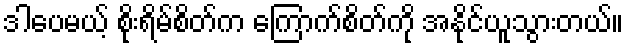
ဒါပေမယ့် စိုးရိမ်စိတ်က ကြောက်စိတ်ကို အနိုင်ယူသွားတယ်။